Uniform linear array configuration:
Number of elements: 16
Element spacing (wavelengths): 0.5
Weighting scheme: kaiser
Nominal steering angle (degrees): -30
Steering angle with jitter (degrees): -28.511
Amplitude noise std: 0.05
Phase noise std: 0.05

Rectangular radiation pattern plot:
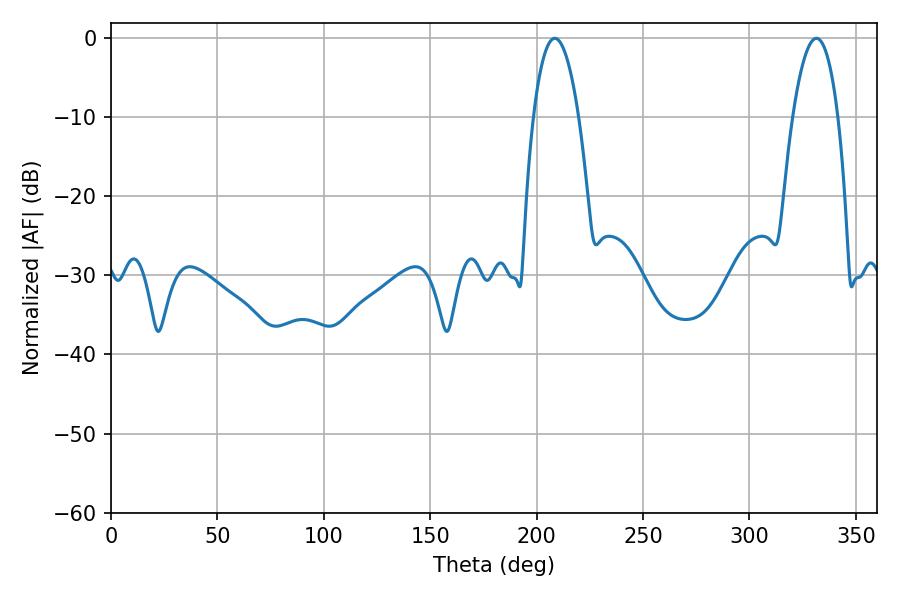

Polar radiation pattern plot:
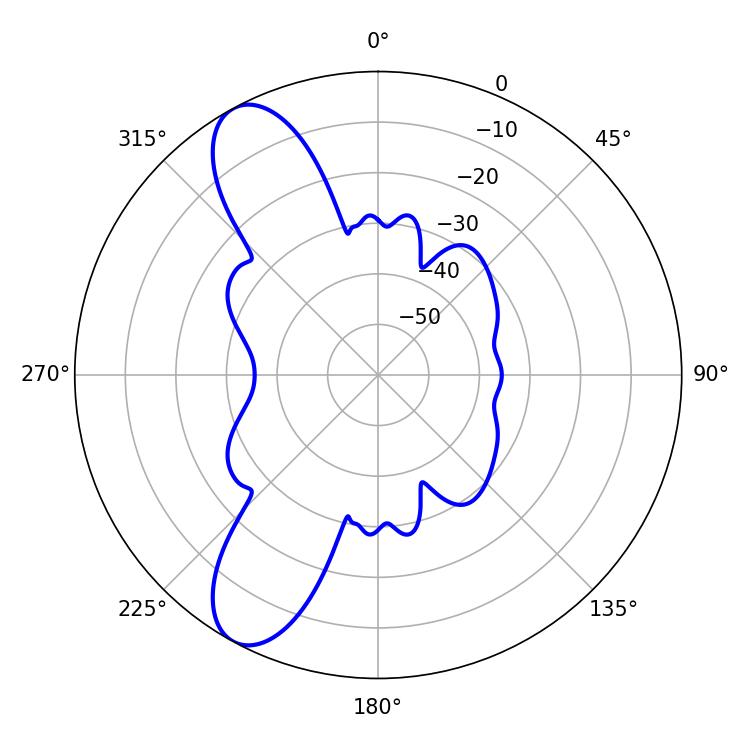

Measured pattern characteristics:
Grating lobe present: FALSE
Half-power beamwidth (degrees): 11.7
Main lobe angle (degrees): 208.62